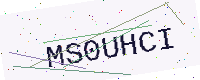
Text: MS0UHCI